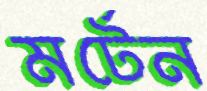
মর্টেন